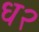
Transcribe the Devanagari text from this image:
ध२